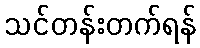
သင်တန်းတက်ရန်